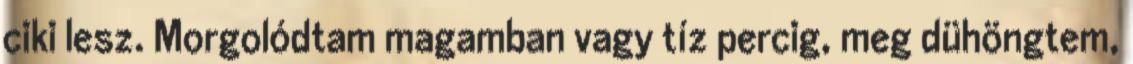
ciki lesz. Morgolódtam magamban vagy tíz percig, meg dühöngtem,